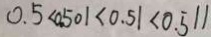
0 . 5 < 0 . 5 0 1 < 0 . 5 1 < 0 . 5 1 1